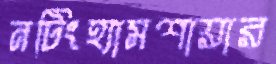
নটিংহ্যামশায়ার